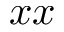
x x